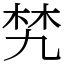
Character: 㭝